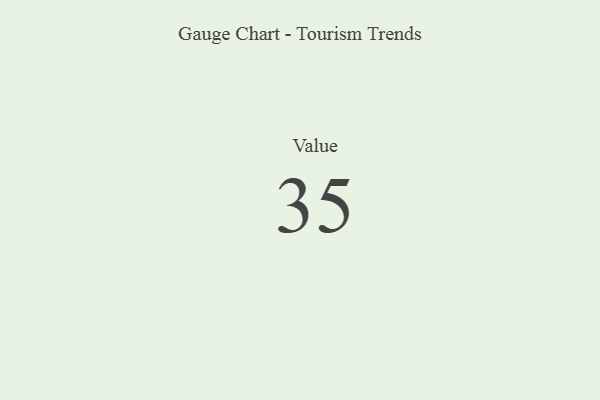
{"axis": {"x": "Metric", "y": "Value"}, "legend": [""], "data": [{"x": "Value", "y": 35, "type": ""}]}